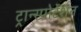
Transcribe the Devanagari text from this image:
ट्रान्स्पोर्टेशन